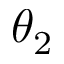
\theta _ { 2 }